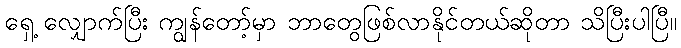
ရှေ့ လျှောက်ပြီး ကျွန်တော့်မှာ ဘာတွေဖြစ်လာနိုင်တယ်ဆိုတာ သိပြီးပါပြီ။